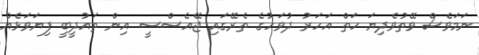
ނަމަވެސް ވޭތުވެދިޔަ ހަތް އަހަރު ދުވަހުގެ ތެރޭގައި ޖޭއެސްސީ އިން ތައުދީބީ ފިޔަވަޅެއް